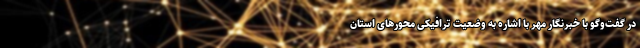
در گفت‌وگو با خبرنگار مهر با اشاره به وضعیت ترافیکی محورهای استان